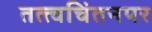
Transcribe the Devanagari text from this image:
तत्त्वचिंतनपर